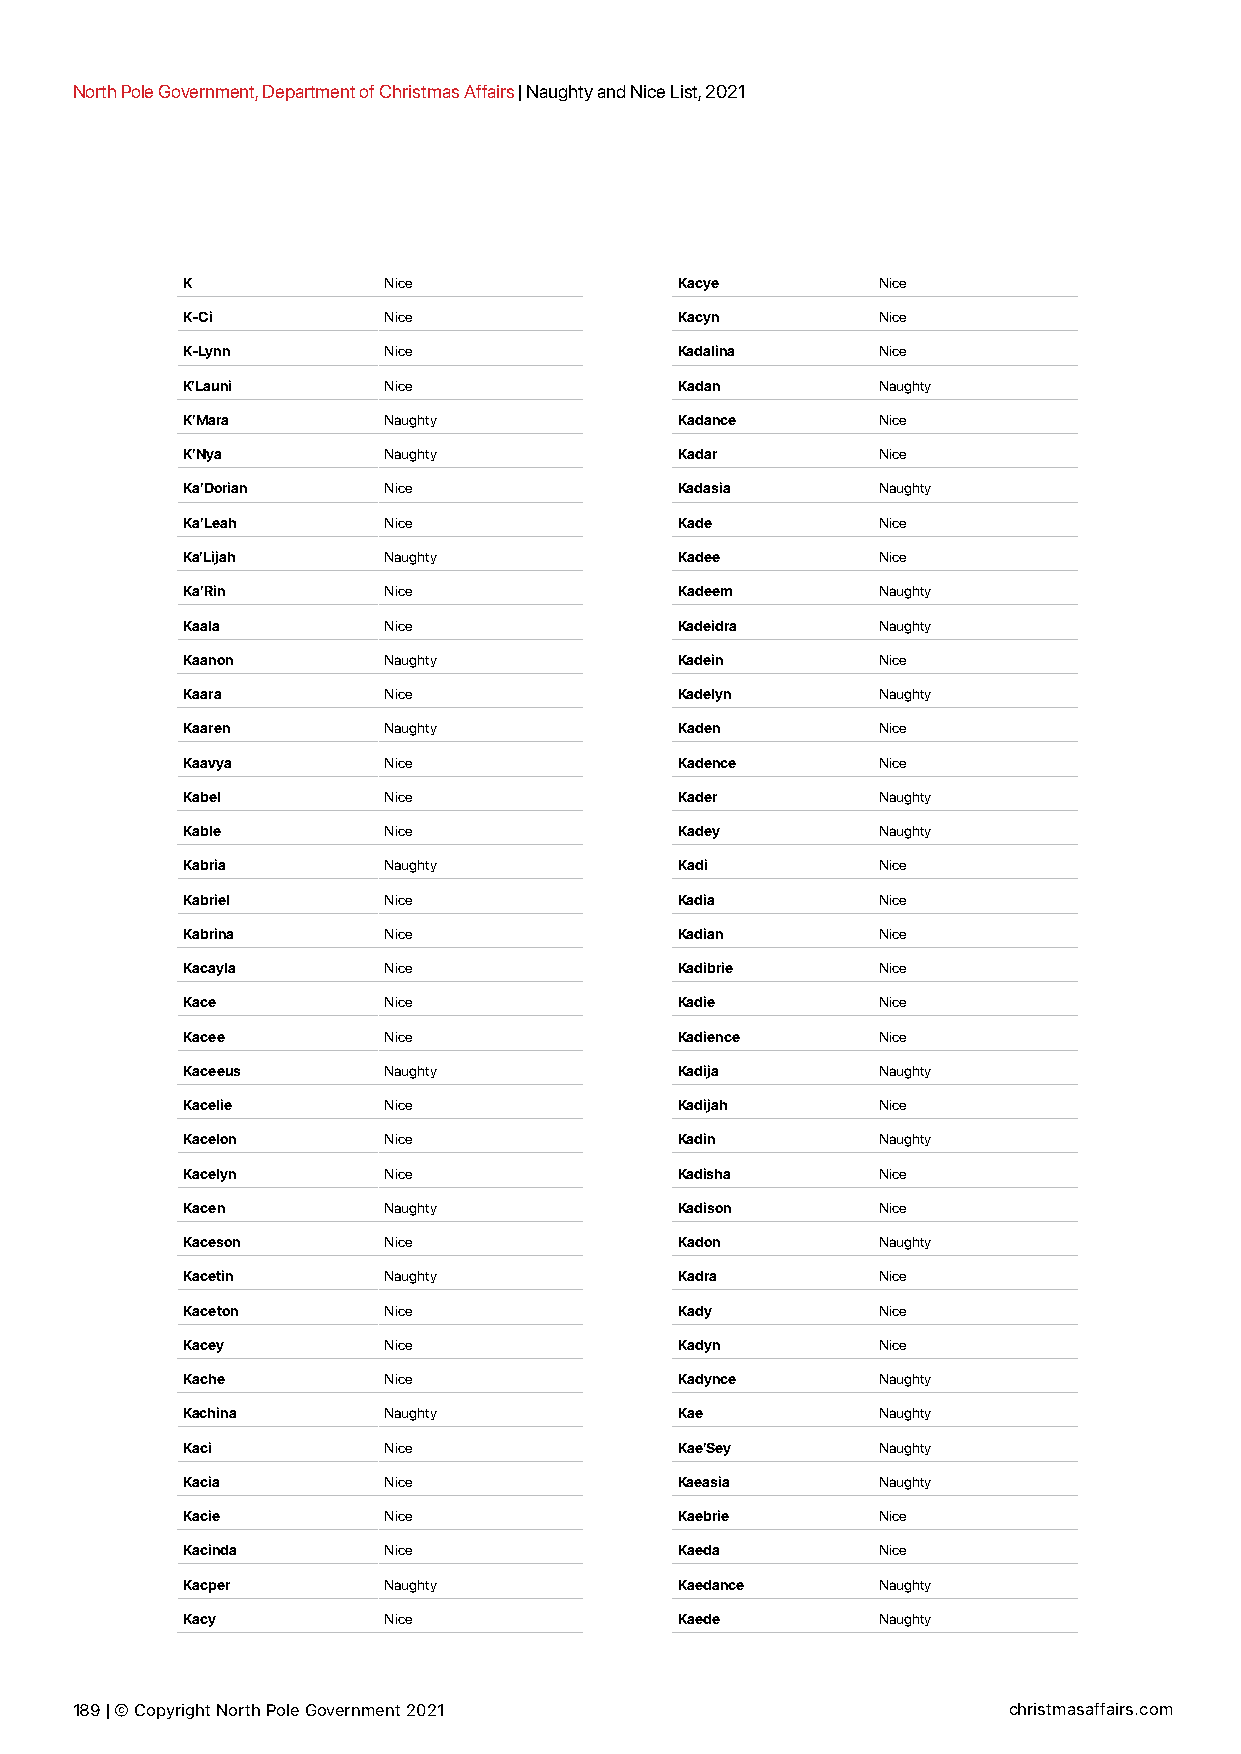
North Pole Government, Department of Christmas Affairs | Naughty and Nice List, 2021
 K            Nice                Kacye        Nice
 K-Ci         Nice                Kacyn        Nice
 K-Lynn       Nice                Kadalina     Nice
 K’Launi      Nice                Kadan        Naughty
 K’Mara       Naughty             Kadance      Nice
 K’Nya        Naughty             Kadar        Nice
 Ka’Dorian    Nice                Kadasia      Naughty
 Ka’Leah      Nice                Kade         Nice
 Ka’Lijah     Naughty             Kadee        Nice
 Ka’Rin       Nice                Kadeem       Naughty
 Kaala        Nice                Kadeidra     Naughty
 Kaanon       Naughty             Kadein       Nice
 Kaara        Nice                Kadelyn      Naughty
 Kaaren       Naughty             Kaden        Nice
 Kaavya       Nice                Kadence      Nice
 Kabel        Nice                Kader        Naughty
 Kable        Nice                Kadey        Naughty
 Kabria       Naughty             Kadi         Nice
 Kabriel      Nice                Kadia        Nice
 Kabrina      Nice                Kadian       Nice
 Kacayla      Nice                Kadibrie     Nice
 Kace         Nice                Kadie        Nice
 Kacee        Nice                Kadience     Nice
 Kaceeus      Naughty             Kadija       Naughty
 Kacelie      Nice                Kadijah      Nice
 Kacelon      Nice                Kadin        Naughty
 Kacelyn      Nice                Kadisha      Nice
 Kacen        Naughty             Kadison      Nice
 Kaceson      Nice                Kadon        Naughty
 Kacetin      Naughty             Kadra        Nice
 Kaceton      Nice                Kady         Nice
 Kacey        Nice                Kadyn        Nice
 Kache        Nice                Kadynce      Naughty
 Kachina      Naughty             Kae          Naughty
 Kaci         Nice                Kae’Sey      Naughty
 Kacia        Nice                Kaeasia      Naughty
 Kacie        Nice                Kaebrie      Nice
 Kacinda      Nice                Kaeda        Nice
 Kacper       Naughty             Kaedance     Naughty
 Kacy         Nice                Kaede        Naughty
 189 | © Copyright North Pole Government 2021                  christmasaffairs.com